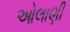
ઓલાણી